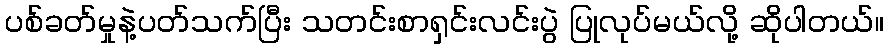
ပစ်ခတ်မှုနဲ့ပတ်သက်ပြီး သတင်းစာရှင်းလင်းပွဲ ပြုလုပ်မယ်လို့ ဆိုပါတယ်။